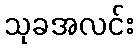
သုခအလင်း